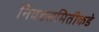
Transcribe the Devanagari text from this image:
निवडसमितीकडे